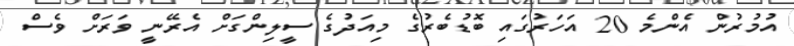
އުމުރުން އެންމެ 20 އަހަރުގައި ބޮޑުބެރުގެ މިއަދުގެ ސީލިންގަށް އެރޭނީ ވަރަށް ވެސް